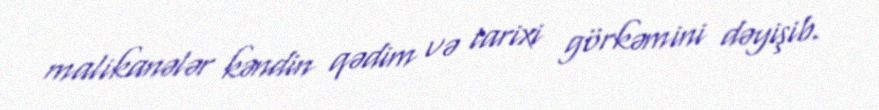
malikanələr kəndin qədim və tarixi görkəmini dəyişib.